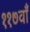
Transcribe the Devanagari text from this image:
११७वाँ